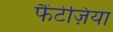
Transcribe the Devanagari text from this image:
फैंटेज़िया